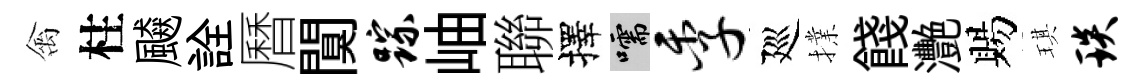
禽柱飇詮曆闃踪岫聯擇嚅季廵擈餞灧賜琪琰